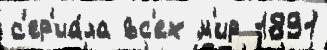
с'ер'иа́ла вс'ех м'ир 1891